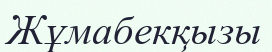
Жұмабекқызы